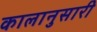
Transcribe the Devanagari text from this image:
कालानुसारी